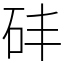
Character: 䂜